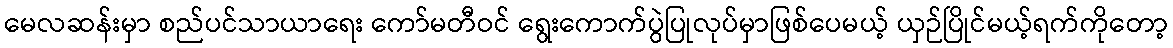
မေလဆန်းမှာ စည်ပင်သာယာရေး ကော်မတီဝင် ရွေးကောက်ပွဲပြုလုပ်မှာဖြစ်ပေမယ့် ယှဉ်ပြိုင်မယ့်ရက်ကိုတော့